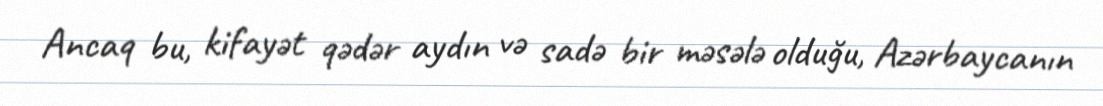
Ancaq bu, kifayət qədər aydın və sadə bir məsələ olduğu, Azərbaycanın